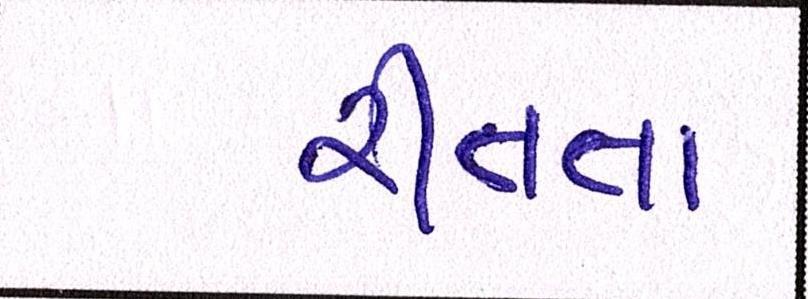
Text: રીતના